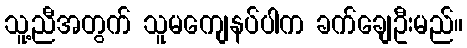
သူ့ညီအတွက် သူမကျေနပ်ပါက ခက်ချေဦးမည်။